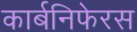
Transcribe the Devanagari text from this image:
कार्बनिफेरस